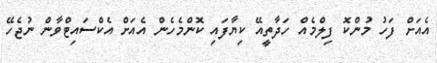
އެއަށް ފަހު މުންކޮ ފިލްމެއް ހަދާތީއޭ ކިޔާފައި ކޮންމެހެން އެއަށް އެކްސައިޓްވާން ނުޖެހޭ